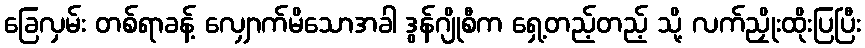
ခြေလှမ်း တစ်ရာခန့် လျှောက်မိသောအခါ ဒွန်ဂျိုစီက ရှေ့တည့်တည့် သို့ လက်ညှိုးထိုးပြပြီး